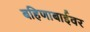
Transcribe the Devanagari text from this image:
बहिणाबाईवर